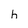
Character: h